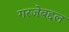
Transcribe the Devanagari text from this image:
गरजेबद्दल